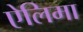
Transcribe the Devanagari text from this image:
ऐलिमा